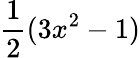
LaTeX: \frac{1}{2}(3x^{2}-1)